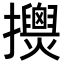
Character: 𢹰